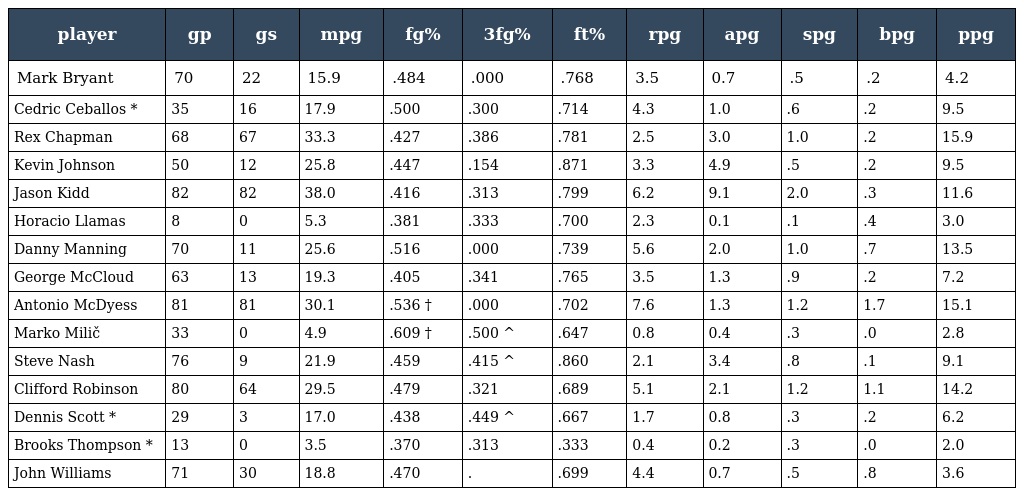
| player | gp | gs | mpg | fg% | 3fg% | ft% | rpg | apg | spg | bpg | ppg |
 | --- | --- | --- | --- | --- | --- | --- | --- | --- | --- | --- | --- |
 | Mark Bryant | 70 | 22 | 15.9 | .484 | .000 | .768 | 3.5 | 0.7 | .5 | .2 | 4.2 |
 | Cedric Ceballos * | 35 | 16 | 17.9 | .500 | .300 | .714 | 4.3 | 1.0 | .6 | .2 | 9.5 |
 | Rex Chapman | 68 | 67 | 33.3 | .427 | .386 | .781 | 2.5 | 3.0 | 1.0 | .2 | 15.9 |
 | Kevin Johnson | 50 | 12 | 25.8 | .447 | .154 | .871 | 3.3 | 4.9 | .5 | .2 | 9.5 |
 | Jason Kidd | 82 | 82 | 38.0 | .416 | .313 | .799 | 6.2 | 9.1 | 2.0 | .3 | 11.6 |
 | Horacio Llamas | 8 | 0 | 5.3 | .381 | .333 | .700 | 2.3 | 0.1 | .1 | .4 | 3.0 |
 | Danny Manning | 70 | 11 | 25.6 | .516 | .000 | .739 | 5.6 | 2.0 | 1.0 | .7 | 13.5 |
 | George McCloud | 63 | 13 | 19.3 | .405 | .341 | .765 | 3.5 | 1.3 | .9 | .2 | 7.2 |
 | Antonio McDyess | 81 | 81 | 30.1 | .536 † | .000 | .702 | 7.6 | 1.3 | 1.2 | 1.7 | 15.1 |
 | Marko Milič | 33 | 0 | 4.9 | .609 † | .500 ^ | .647 | 0.8 | 0.4 | .3 | .0 | 2.8 |
 | Steve Nash | 76 | 9 | 21.9 | .459 | .415 ^ | .860 | 2.1 | 3.4 | .8 | .1 | 9.1 |
 | Clifford Robinson | 80 | 64 | 29.5 | .479 | .321 | .689 | 5.1 | 2.1 | 1.2 | 1.1 | 14.2 |
 | Dennis Scott * | 29 | 3 | 17.0 | .438 | .449 ^ | .667 | 1.7 | 0.8 | .3 | .2 | 6.2 |
 | Brooks Thompson * | 13 | 0 | 3.5 | .370 | .313 | .333 | 0.4 | 0.2 | .3 | .0 | 2.0 |
 | John Williams | 71 | 30 | 18.8 | .470 | . | .699 | 4.4 | 0.7 | .5 | .8 | 3.6 |